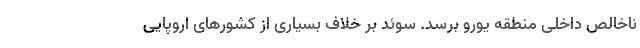
ناخالص داخلی منطقه یورو برسد. سوئد بر خلاف بسیاری از کشور‌های اروپایی